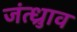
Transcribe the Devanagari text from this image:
जंत्ध्रुाव